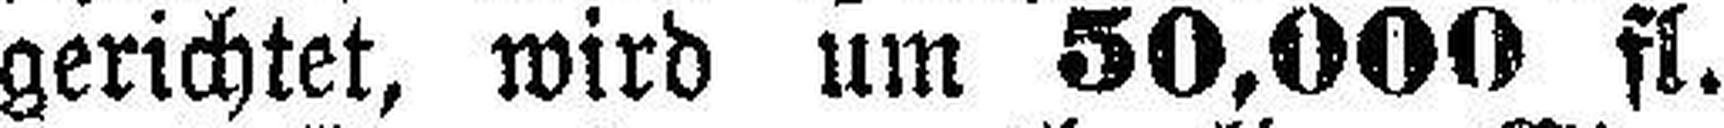
gerichtet, wird um 50,000 fl.